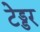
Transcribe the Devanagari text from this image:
टेड्डर